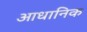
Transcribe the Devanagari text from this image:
आधानिक